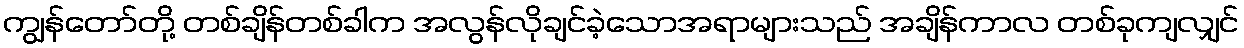
ကျွန်တော်တို့ တစ်ချိန်တစ်ခါက အလွန်လိုချင်ခဲ့သောအရာများသည် အချိန်ကာလ တစ်ခုကျလျှင်